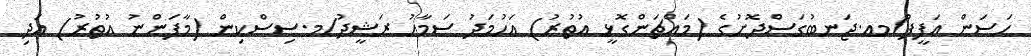
ހަސަން އަފީފް/މއ.ޖަނބުގަސްދޮށުގެ (މައްޗަންގޮޅީ އުތުރު) އަހުމަދު ސަމާހު ރަޝީދު/މ.ސިސްކިން (މާފަންނު އުތުރު) އަދި